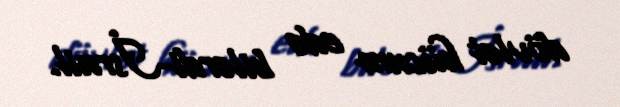
dövlət hücum edə bilərdi-İsrail.